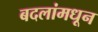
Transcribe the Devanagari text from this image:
बदलांमधून